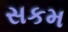
સકમ